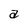
Character: a